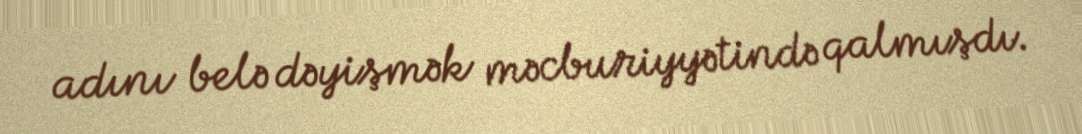
adını belə dəyişmək məcburiyyətində qalmışdı.